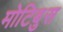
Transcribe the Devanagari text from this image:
मोटिबुस